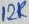
Text: 12K